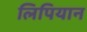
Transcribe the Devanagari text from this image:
लिपियान